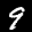
Label: 9